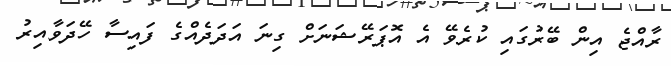
ރާއްޖެ އިން ބޭރުގައި ކުރެވޭ އެ އޮޕަރޭޝަނަށް ގިނަ އަދަދެއްގެ ފައިސާ ހޭދަވާއިރު